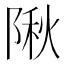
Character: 𨺹